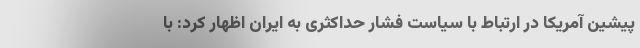
پیشین آمریکا در ارتباط با سیاست فشار حداکثری به ایران اظهار کرد: با